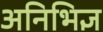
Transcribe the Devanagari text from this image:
अनिभिज्ञ